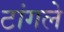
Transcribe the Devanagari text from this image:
टांगले